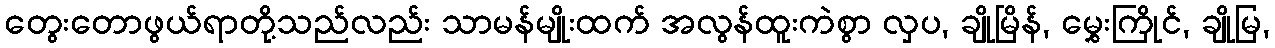
တွေးတောဖွယ်ရာတို့သည်လည်း သာမန်မျိုးထက် အလွန်ထူးကဲစွာ လှပ, ချိုမြိန်, မွှေးကြိုင်, ချိုမြ,